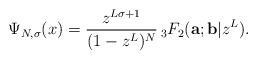
LaTeX: \begin{align*}\Psi_{N,\sigma}(x) =\frac{z^{L \sigma+1 }}{(1-z^L)^N } \,\phantom{}_3 F_2({\bold a}; {\bold b}| z^L).\end{align*}